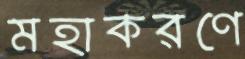
মহাকরণে